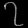
Digit: ၇